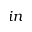
i n